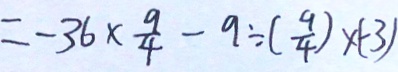
= - 3 6 \times \frac { 9 } { 4 } - 9 \div ( \frac { 9 } { 4 } ) \times ( - 3 )